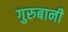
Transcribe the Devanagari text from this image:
गुरुबानी